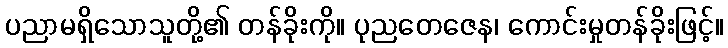
ပညာမရှိသောသူတို့၏ တန်ခိုးကို။ ပုညတေဇေန၊ ကောင်းမှုတန်ခိုးဖြင့်။